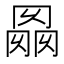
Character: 𰃭